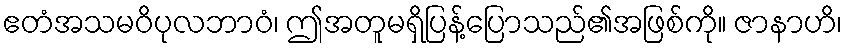
ဧတံအသမဝိပုလဘာဝံ၊ ဤအတူမရှိပြန့်ပြောသည်၏အဖြစ်ကို။ ဇာနာဟိ၊